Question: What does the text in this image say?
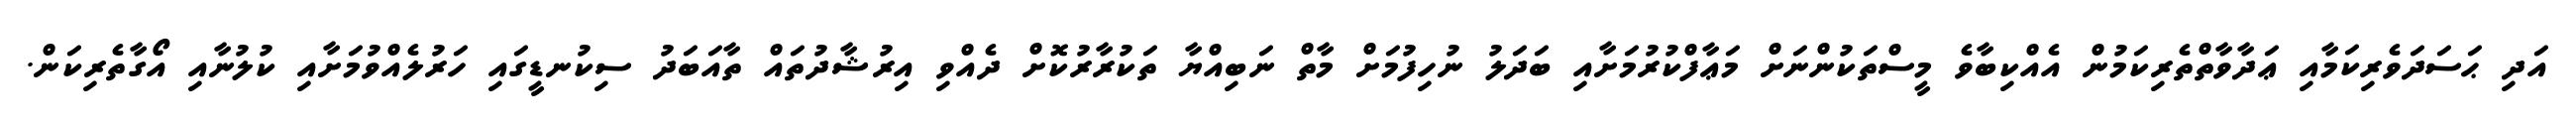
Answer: އަދި ޙަސަދަވެރިކަމާއި ޢަދާވާތްތެރިކަމުން އެއްކިބާވެ މީސްތަކުންނަށް މަޢާފްކުރުމަށާއި ބަދަލު ނުހިފުމަށް މާތް ނަބިއްޔާ ތަކުރާރުކޮށް ދެއްވި އިރުޝާދުތައް ތާއަބަދު ސިކުނޑީގައި ހަރުލެއްވުމަށާއި ކުލުނާއި އޯގާތެރިކަން.